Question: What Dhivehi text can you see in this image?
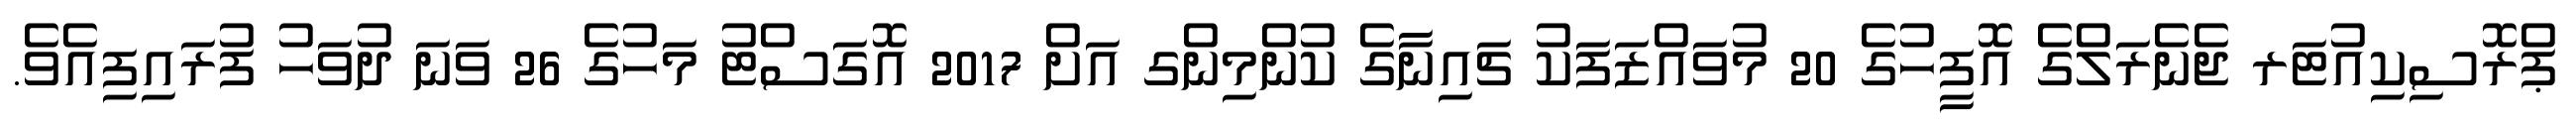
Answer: ޕްރޮސިކިއުޓަރ ޖެނެރަލްގެ އޮފީހުގެ 20 މުވައްޒަފަކު ޗައިނާގެ ކުންމިންގ އަށް 2017 އޮގަސްޓު މަހުގެ 26 ވަނަ ދުވަހު ފުރައިފިއެވެ.